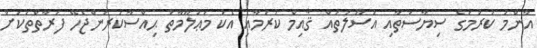
އާންމު ކުރުމުގެ ސިޔާސަތާއި އުސޫލުތައް ޤާއިމް ކުރުމާއި އެކު މަޢުލޫމާތު ޙިއްސާކުރަންޖެހޭ ފަރާތްތަކަށް